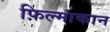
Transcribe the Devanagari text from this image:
फ़िल्मांकान